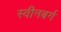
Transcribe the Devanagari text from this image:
स्वीनबर्ग